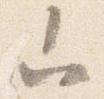
山